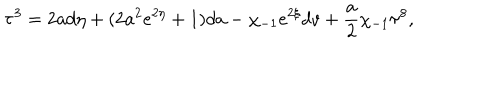
{ \bf \tau } ^ { 3 } = 2 a d \eta + ( 2 a ^ { 2 } e ^ { 2 \eta } + 1 ) d a - \chi _ { - 1 } e ^ { 2 \xi } d v + \frac { a } { 2 } \chi _ { - 1 } { \bf \tau } ^ { 8 } ,